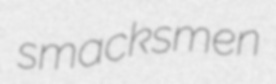
smacksmen